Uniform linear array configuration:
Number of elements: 4
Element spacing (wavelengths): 1
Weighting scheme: exponential
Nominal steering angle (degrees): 60
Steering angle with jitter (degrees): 61.639
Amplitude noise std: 0.05
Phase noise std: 0.05

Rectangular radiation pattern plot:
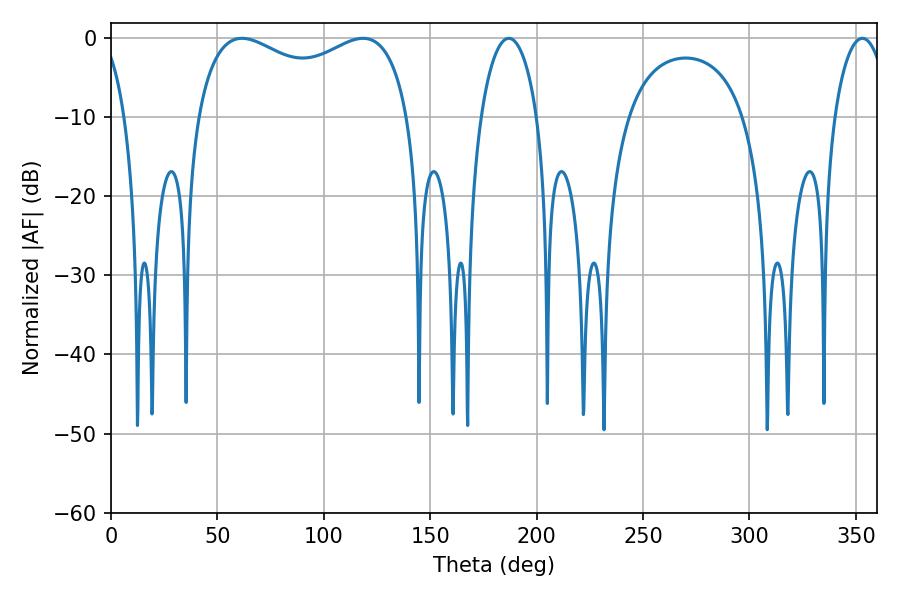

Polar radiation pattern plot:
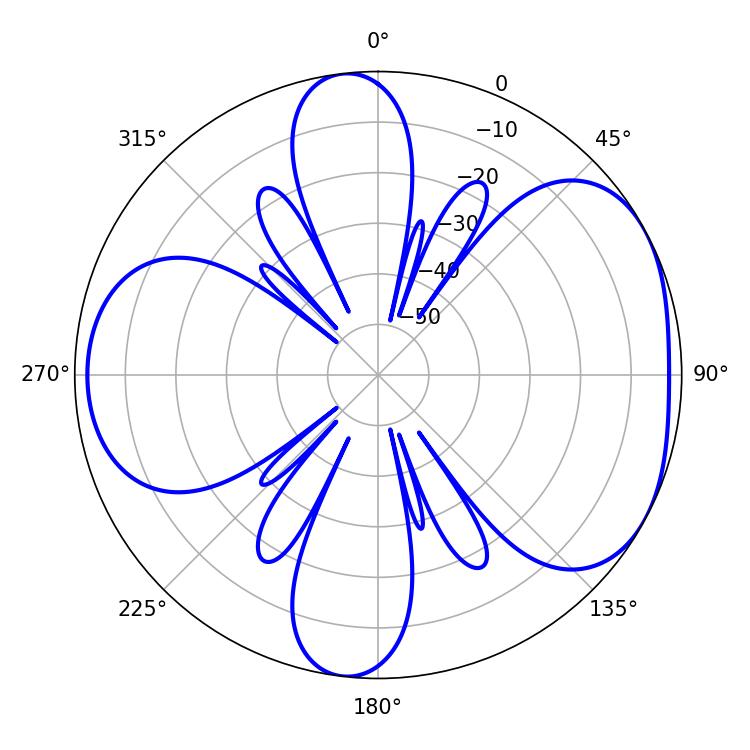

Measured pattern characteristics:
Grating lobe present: TRUE
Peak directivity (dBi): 4.852
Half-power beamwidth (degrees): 82.8
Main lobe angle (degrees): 61.56